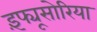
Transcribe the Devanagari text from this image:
इंफ्यूसोरिया